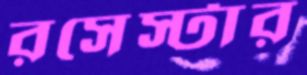
রসেস্টার